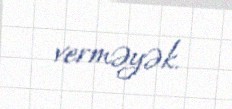
verməyək.